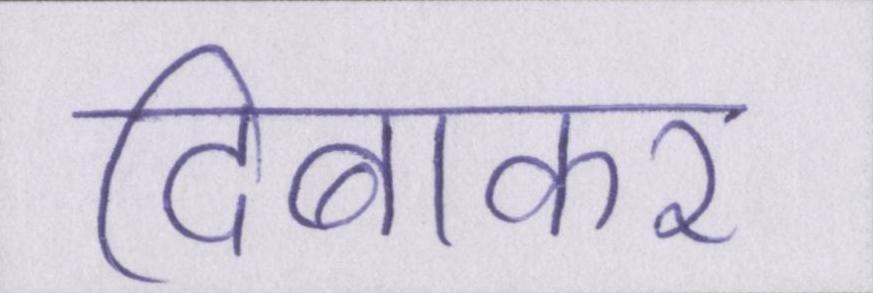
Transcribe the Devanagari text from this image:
दिबाकर